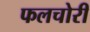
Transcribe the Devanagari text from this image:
फलचोरी